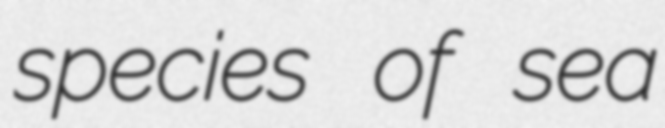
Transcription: species of sea